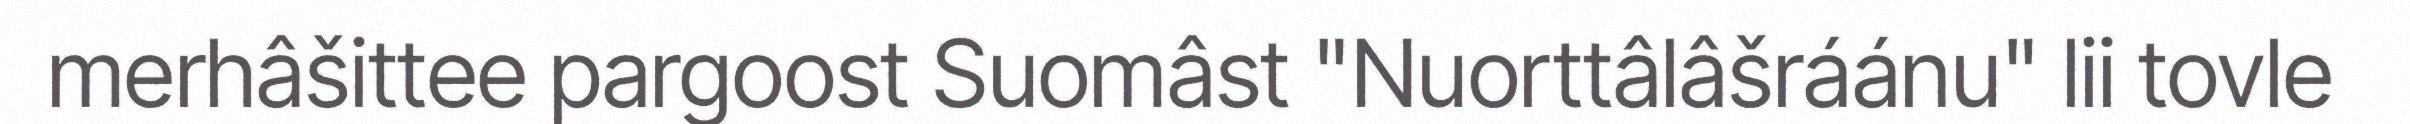
merhâšittee pargoost Suomâst "Nuorttâlâšráánu" lii tovle